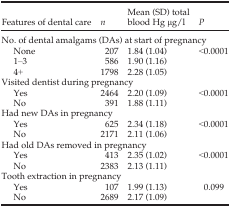
| Features of dental care | n | Mean (SD) total blood Hg μg/l | P |
 | --- | --- | --- | --- |
 | <COLSPAN=4> No. of dental amalgams (DAs) at start of pregnancy |
 | None | 207 | 1.84 (1.04) | <ROWSPAN=3> <0.0001 |
 | 1–3 | 586 | 1.90 (1.16) |
 | 4+ | 1798 | 2.28 (1.05) |
 | <COLSPAN=4> Visited dentist during pregnancy |
 | Yes | 2464 | 2.20 (1.09) | <ROWSPAN=2> <0.0001 |
 | No | 391 | 1.88 (1.11) |
 | <COLSPAN=4> Had new DAs in pregnancy |
 | Yes | 625 | 2.34 (1.18) | <ROWSPAN=2> <0.0001 |
 | No | 2171 | 2.11 (1.06) |
 | <COLSPAN=4> Had old DAs removed in pregnancy |
 | Yes | 413 | 2.35 (1.02) | <ROWSPAN=2> <0.0001 |
 | No | 2383 | 2.13 (1.11) |
 | <COLSPAN=4> Tooth extraction in pregnancy |
 | Yes | 107 | 1.99 (1.13) | <ROWSPAN=2> 0.099 |
 | No | 2689 | 2.17 (1.09) |